Vital statistics of India. Vol. VI, European troops 1870-79
Year: 1870
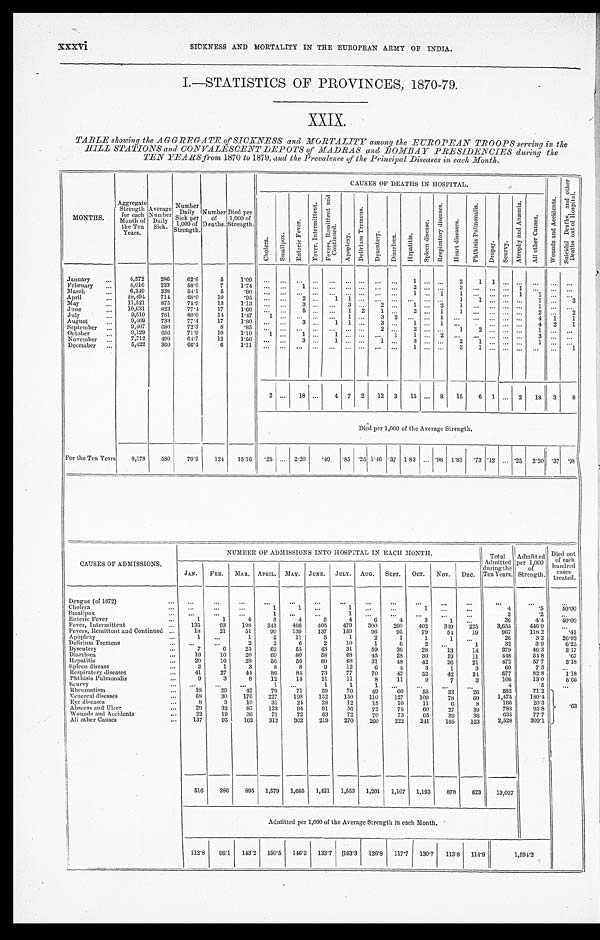
xxxvi
SICKNESS AND MORTALITY IN THE EUROPEAN ARMY OF INDIA.
I.—STATISTICS OF PROVINCES, 1870-79.
XXIX.
TABLE showing the AGGREGATE of SICKNESS and MORTALITY among the EUROPEAN TROOPS serving in the
HILL STATIONS and CONVALESCENT DEPOTS of MADRAS and BOMBAY PRESIDENCIES during the
TEN YEARS from 1870 to 1879, and the Prevalence of the Principal Diseases in each, Month.
MONTHS.
Aggregate
Strength
for each
Month of
the Ten
Years.
Average
Number
Daily
Sick.
Number
S i c k p e r 1 , 0 0 0 o f
Strength.
Number
of
Deaths.
Died per
1,000 of
Strength.
CAUSES OF DEATHS IN HOSPITAL.
W o u n d s a n d A c c i d e n t s .
S u i c i d a l D e a t h s a n d o t h e r D e a t h s o u t o f H o s p i t a l .
C h o l e r a .
S m a l l p o x .
E n t e r i c F e v e r .
F e v e r , I n t e r m i t t e n t .
F e v e r s , R e m i t t e n t a n d C o n t i n u e d .
A p o p l e x y .
D e l i r i u m T r e m e n s .
D y s e n t e r y .
D i a r r h œ a .
H e p a t i t i s .
S p l e e n d i s e a s e .
R e s p i r a t o r y d i s e a s e s .
H e a r t d i s e a s e s .
P h t h i s i s P u l m o n a l i s .
D r o p s y .
S c u r v y .
At r ophy a nd Anæmi a .
A l l o t h e r C a u s e s .
January . . .
4,572
286
62.6
5
1.09
. . .
. . .
. . .
. . .
. . .
. . . . . .
. . .
. . .
1
. . .
. . .
2
1
1
. . .
. . .
. . .
. . .
. . .
February . . .
4,016
233
58.0
7
1.74
. . .
. . .
1
. . .
. . .
. . .. . .
. . .
. . .
2
. . .
. . .
3
. . .
. . .
. . . 1
. . .
. . .
. . .
March . . .
6,249
338
54.1
5
.80
. . .
. . .
. . .
. . .
. . .
. . . . . .
. . .
. . .
1
. . .
1
1 . . .
. . .
. . . 1
1
. . .
. . .
April . . .
10,494
71.4
68.0
10
.95
. . .
. . .
2
. . .
1
1 . . .
. . .
. . .
. . .
. . .
. . .
1
1
. . .
. . .
. . .
1
. . .
3
May . . .
11,521
875
75.9
13
1.13
. . .
. . .3
. . .
. . .
3 . . .
2
. . .
1
. . .
2
1
. . .
. . .
. . . . . .
1 . . .
. . .
June . . .
10,631
823
77.4
17
1.60
. . .
. . .
5
. . .
. . . 1
2
1
. . .
2
. . . 1
1
. . .
. . .
. . . . . .
2
. . .
2
July . . .
9,510
761
8 0 . 0
1 4
1.47
1
. . .
. . .
. . .
. . .
1 . . .
3
2
. . .
. . .
1
. . .
. . .
. . .
. . . . . .
4 1
1
August . . .
9,469
733
77.4
17
1.80 . . .
. . . 3
. . .
1
1 . . .
3 .
. . .
1
. . .
1
. . .
. . .
. . .
. . . . . .
4
2
1
September . . .
9,407
680
72.3
8
. 8 5
. . .
. . . . . .
. . .
. . .
. . .. . .
2
. . .
2
. . .
. . .
1
2
. . . . . .
. . .
1 . . .
. . .
October . . .
9,129
656
71.9
10
1.10
1
. . . 1
. . .
1
. . .. . .
. . .
1
1
. . .
2
. . .
. . .
. . .
. . . . . .
3 . . .
. . .
November . . .
7,712
499
6 4 . 7
12
1.56
. . .
. . . 3.
. . .
1
. . .. . .
1
. . .
3
. . .
. . .
2
1
. . .
. . . . . .
1 . . .
. . .
December . . .
5,422
360
66.4
6
1.11
. . .
. . . . . .
. . .
. . .
. . . . . .
. . .
. . .
1
. . .
. . .
3
1
. . .
. . . . . .
. . . . . .
1
2
. . .
18
. . .
4 7
2
12
3
15
. . . 8
15
6
1
. . . 2
18
3
8
Died per 1,000 of the Average Strength.
For the Ten Years
8,178
580
70.9
124
15.16
. 2 5
. . . 2.20
.49
.85 .25 1.46 .37 1.83
. . . .98 1.83
. 7 3 .12
. . . .25 2.20
.37
. 9 8
CAUSES OF ADMISSIONS.
NUMBER OF ADMISSIONS INTO HOSPITAL IN EACH MONTH.
Total Admitted during the
T e n Y e a r s .
Admitted per 1,000 of
Strength.
Died
out of each
hundred cases treated.
JAN.
FEB.
MAR. APRIL. MAY. JUNE.
JULY. AUG.
SEPT.
OCT.
NOV.
DEC.
Dengue (of 1872) . . .
. . .
. . .
. . .
. . .
. . .
. . .
. . .
. . .
. . .
. . .
. . .
. . .
. . .
. . .
. . .
Cholera . . .
. . .
. . .
. . .
1
1
. . .
1
. . .
. . .
1
. . .
. . .
4
.5
50.00
Smallpox . . .
. . .
. . .
. . .
1
. . .
. . .
1
. . .
. . .
. . .
. . .
. . .
2
.2
. . .
Enteric Fever . . .
1
1
4
3
4
5
4
6
4
3
1
. . .
36
4..4
50.00
Fever, Intermittent . . .
135
93
198
343
466
405
479
300
260
402
349
225
3,655
446.9
. . .
Fevers, Remittent and Continued . . .
18
21
51
99
139
137
159
96
95
79
54
19
967
118.2
.41
Apoplexy . . .
. . .
. . .
1
2
11
5
1
2
1
1
1
. . .
26
3.2
26.92
Delirium Tremens . . .
. . .
. . .
2
2
6
2
10
1
6
2
. . .
1
32
3.9
6.25
Dysentery . . .
7
6
23
62
55
43
31
59
36
28
13
14
379
46.3
3.17
Di arrhœa . . .
10
10
20
69
80
58
68
45
28
30
19
11
448
54.8
.67
Hepatitis . . .
20
16
28
56
56
60
68
31
48
42
26
21
472
57.7
3.18
Spleen disease . . .
2
1
3
8
8
9
12
6
4
3
1
3
60
7.3
. . .
Respiratory diseases . . .
41
27
41
86
84
73
77
70
47
52
42
34
677
82.8
1.18
Phthisis Pulmonalis . . .
9
3
8
12
14
11
11
8
11
9
7
3
106
13.0
5.66
Scurvy . . .
. . .
. . .
. . .
1
. . .
1
1
1
. . .
. . .
. . .
. . .
4
.5
. . .
Rheumatism . . .
1 8
2 9
4 2
70
71
59
70
49
60
5 5
33
2 6
582
71.2
. 6 3
Venereal diseases . . .
5 8
30
176
227
198
152
150
110
127
109
78
60
1,475
180.4
Eye diseases . . .
8
3
10
31
24
28
12
15
10
11
6
8
166
20.3
Abscess and Ulcer . . .
29
32
83
123
94
91
56
72
75
6 0
27
39
783
95.8
Wounds and Accidents . . .
22
19
30
71
72
63
72
70
73
65
30
36
635
77.7
All other Causes . . .
137
95
162
312
302
219
270
260
222
241
185
123
2,528
309.1
516
386
895
1,579
1,685
1,421
1,553
1,201
1,107
1,193
878
623
13,037
Admitted per 1,000 of the Average Strength in each Month.
112.8
96.1
143.2
150.5
146.3
133.7
163.3
126.8
117.7
130.7
113.8
114.9
1,594.2